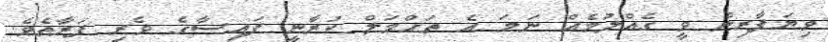
ވިޔަފާރިން ވީ ގެއްލުމެއް ނަމަ އެ ތަޙްމަލް ކުރާނީ ފައިސާގެ ވެރި ފަރާތެވެ.